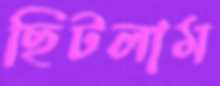
ছিটলাম